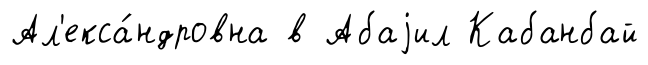
Ал'екса́ндровна в Абаjил Кабанбай